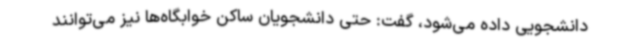
دانشجویی داده می‌شود، گفت: حتی دانشجویان ساکن خوابگاه‌ها نیز می‌توانند